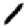
Digit: 1